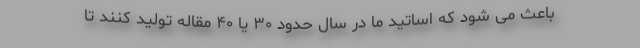
باعث می شود که اساتید ما در سال حدود ۳۰ یا ۴۰ مقاله تولید کنند تا